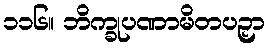
၁၁၆။ ဘိက္ခုပဏာမိတပဉှာ